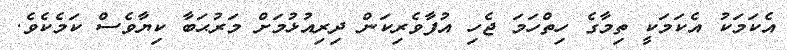
އެކަމަކު އެކަމަކީ ތިމާގެ ހިތްހަމަ ޖެހި އުފާވެރިކަން ދިރިއުޅުމަށް މަރުޙަބާ ކިޔާވެސް ކަމެކެވެ.